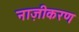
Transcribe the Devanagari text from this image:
नाज़ीकरण